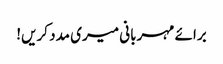
برائے مہربانی میری مدد کریں!